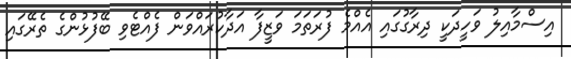
އިސްމާއިލު ވަހީދަކީ ދިރާގުގައި އެއްމެ ފުރަތަމަ ވަޒީފާ އަދާކުރައްވަން ފެއްޓެވި ބޭފުޅުންގެ ތެރޭގައި